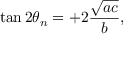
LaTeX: \tan 2 \theta _ { n } = + 2 { \frac { \sqrt { a c } } { b } } ,